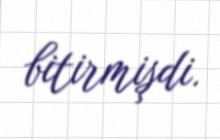
bitirmişdi.